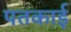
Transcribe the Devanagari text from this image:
पतकाई